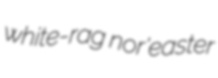
white-rag nor'easter